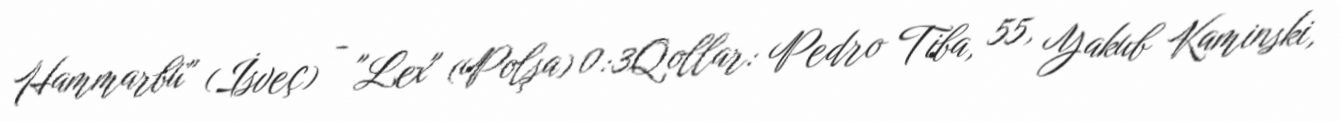
Hammarbü" (İsveç) - "Lex" (Polşa) 0:3Qollar: Pedro Tiba, 55, Yakub Kaminski,